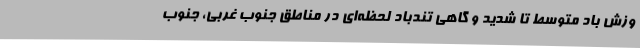
وزش باد متوسط تا شدید و گاهی تندباد لحظه‌ای در مناطق جنوب غربی، جنوب